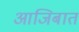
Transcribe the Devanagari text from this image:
आजिबात